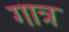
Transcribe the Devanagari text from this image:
गात्र